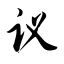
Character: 议